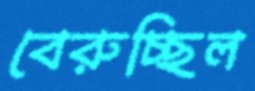
বেরুচ্ছিল